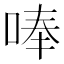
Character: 唪